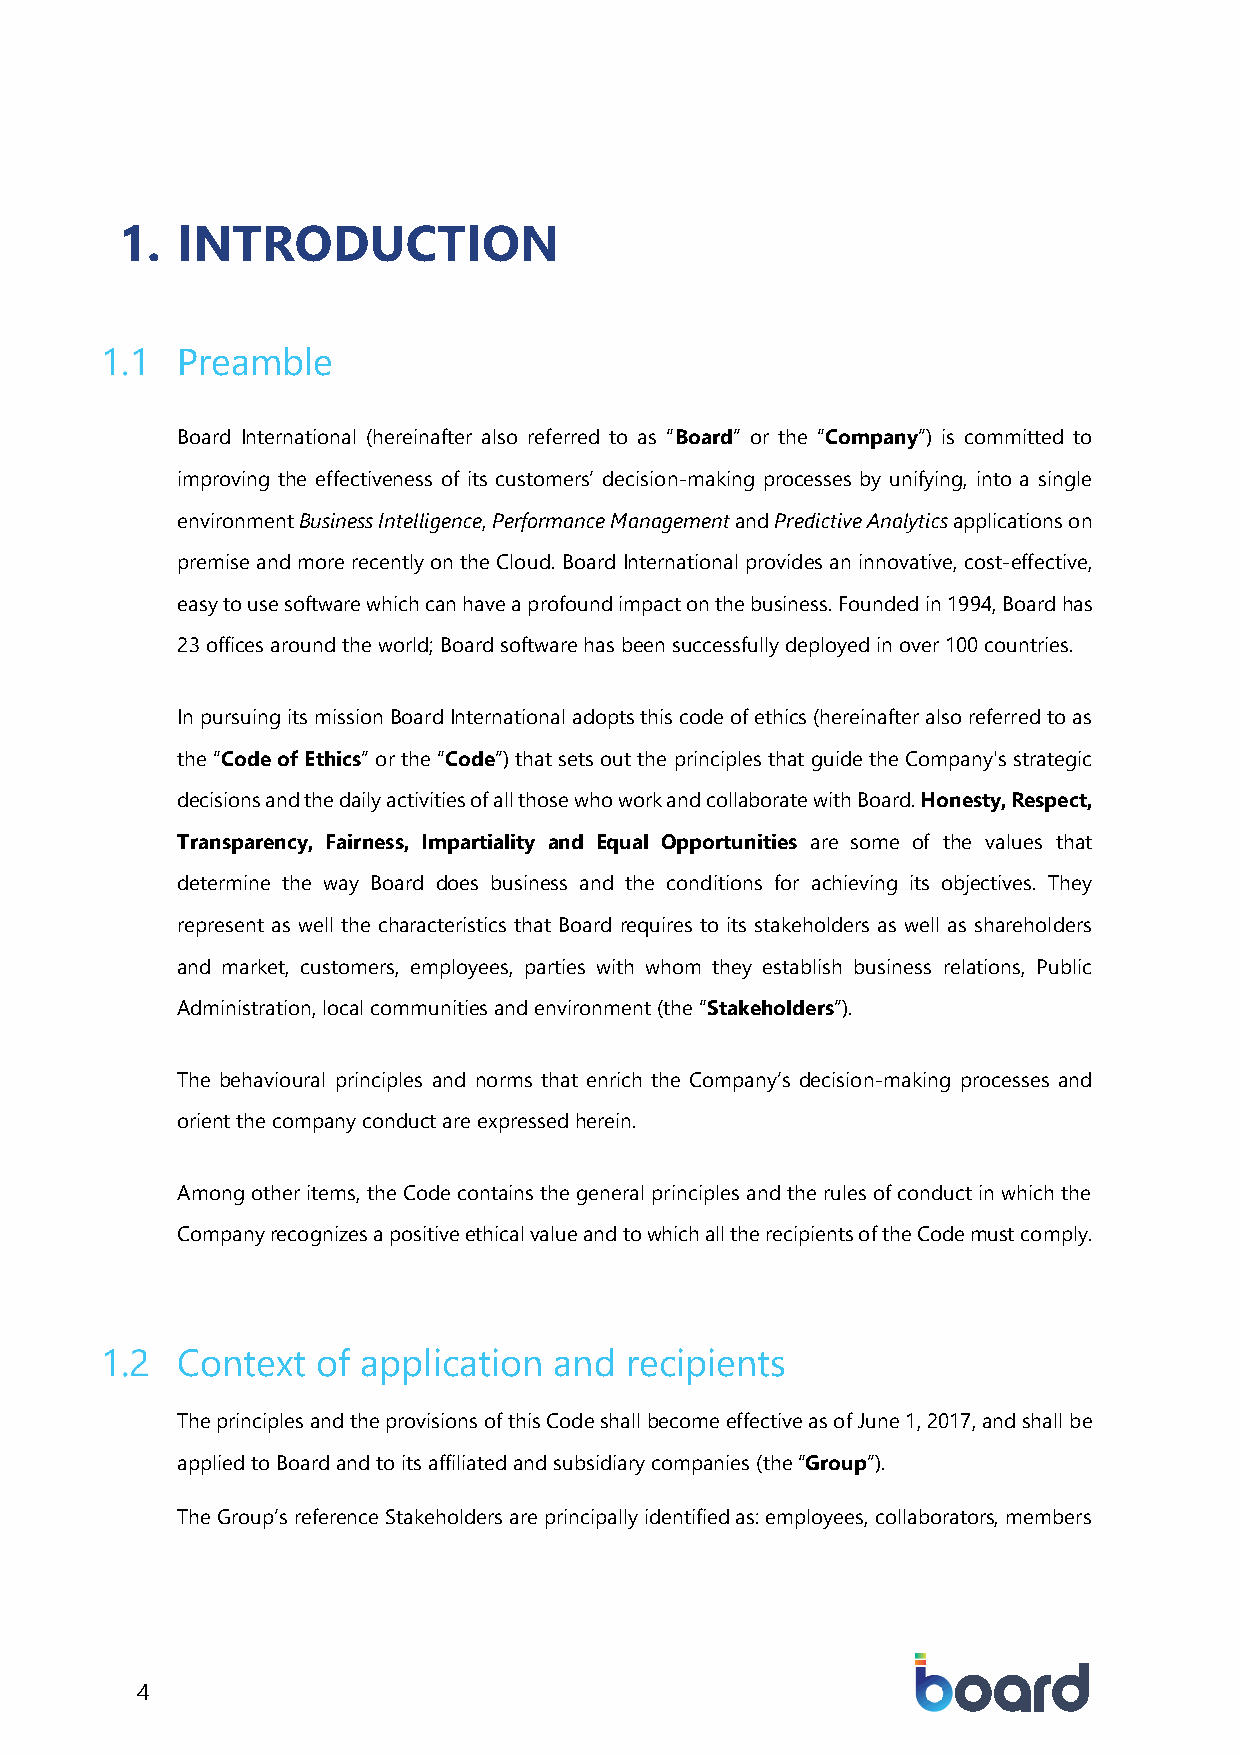
1.  INTRODUCTION
 Preamble
 Board International (hereinafter also referred to as “Board” or the “Company”) is committed to
 improving the effectiveness of its customers’ decision-making processes by unifying, into a single
 environment Business Intelligence, Performance Management and Predictive Analytics applications on
 premise and more recently on the Cloud. Board International provides an innovative, cost-effective,
 easy to use software which can have a profound impact on the business. Founded in 1994, Board has
 23 offices around the world; Board software has been successfully deployed in over 100 countries.
 In pursuing its mission Board International adopts this code of ethics (hereinafter also referred to as
 the “Code of Ethics” or the “Code”) that sets out the principles that guide the Company's strategic
 decisions and the daily activities of all those who work and collaborate with Board. Honesty, Respect,
 Transparency, Fairness, Impartiality and Equal Opportunities are some of the values that
 determine the way Board does business and the conditions for achieving its objectives. They
 represent as well the characteristics that Board requires to its stakeholders as well as shareholders
 and market, customers, employees, parties with whom they establish business relations, Public
 Administration, local communities and environment (the “Stakeholders”).
 The behavioural principles and norms that enrich the Company’s decision-making processes and
 orient the company conduct are expressed herein.
 Among other items, the Code contains the general principles and the rules of conduct in which the
 Company recognizes a positive ethical value and to which all the recipients of the Code must comply.
 Context  of application  and recipients
 The principles and the provisions of this Code shall become effective as of June 1, 2017, and shall be
 applied to Board and to its affiliated and subsidiary companies (the “Group”).
 The Group’s reference Stakeholders are principally identified as: employees, collaborators, members
 4